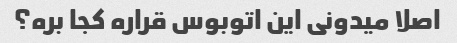
اصلا میدونی این اتوبوس قراره کجا بره؟